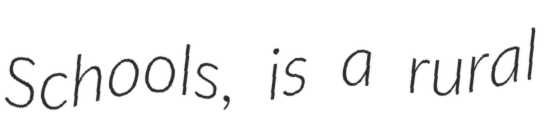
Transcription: Schools, is a rural